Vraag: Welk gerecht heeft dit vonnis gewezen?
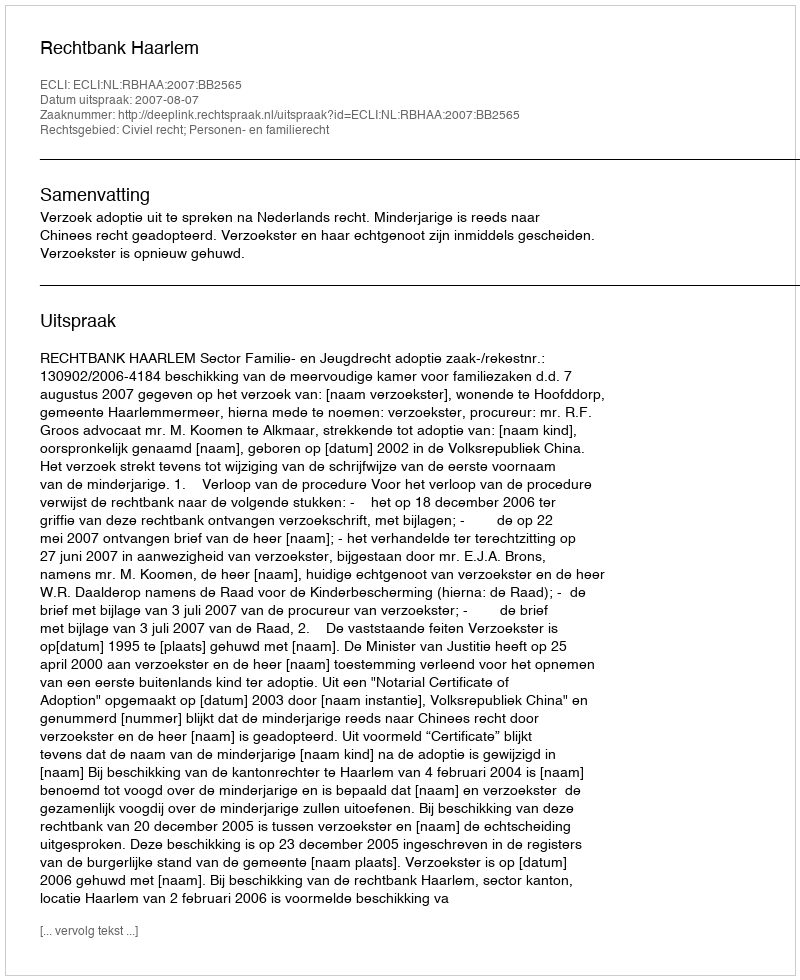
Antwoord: Rechtbank Haarlem